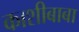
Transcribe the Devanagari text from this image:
काशीबाबा